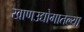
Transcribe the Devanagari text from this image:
खाणउद्योगातल्या